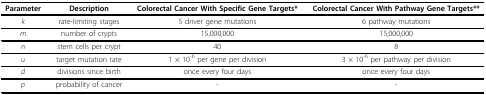
<table><thead><tr><td><b>Parameter</b></td><td><b>Description</b></td><td><b>Colorectal Cancer With Specific Gene Targets*</b></td><td><b>Colorectal Cancer With Pathway Gene Targets**</b></td></tr></thead><tbody><tr><td><i>k</i></td><td>rate-limiting stages</td><td>5 driver gene mutations</td><td>6 pathway mutations</td></tr><tr><td><i>m</i></td><td>number of crypts</td><td>15,000,000</td><td>15,000,000</td></tr><tr><td><i>n</i></td><td>stem cells per crypt</td><td>40</td><td>8</td></tr><tr><td><i>u</i></td><td>target mutation rate</td><td>1 × 10<sup>-6 </sup>per gene per division</td><td>3 × 10<sup>-6 </sup>per pathway per division</td></tr><tr><td><i>d</i></td><td>divisions since birth</td><td>once every four days</td><td>once every four days</td></tr><tr><td><i>p</i></td><td>probability of cancer</td><td>-</td><td>-</td></tr></tbody></table>